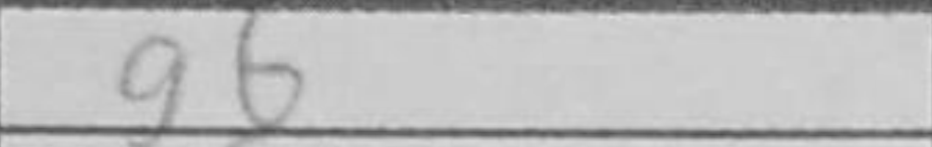
Transcription: g6